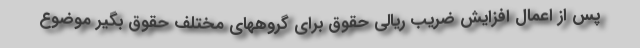
پس از اعمال افزایش ضریب ریالی حقوق برای گروههای مختلف حقوق بگیر موضوع